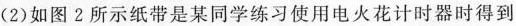
(2)如图2所示纸带是某同学练习使用电火花计时器时得到